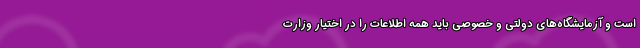
است و آزمایشگاه‌های دولتی و خصوصی باید همه اطلاعات را در اختیار وزارت